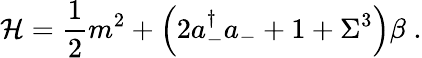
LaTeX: {\cal H}=\frac 12m^{2}+\Bigl(2a_{-}^{\dagger}a_{-}+1+\Sigma^{3}\Bigr)\beta\; .